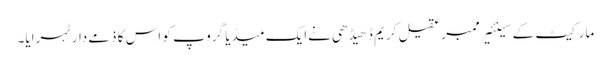
مارکیٹ کے سینئیرممبرعقیل کریم ڈھیڈھی نےایک میڈیا گروپ کو اس کا ذمےدارٹہرایا۔